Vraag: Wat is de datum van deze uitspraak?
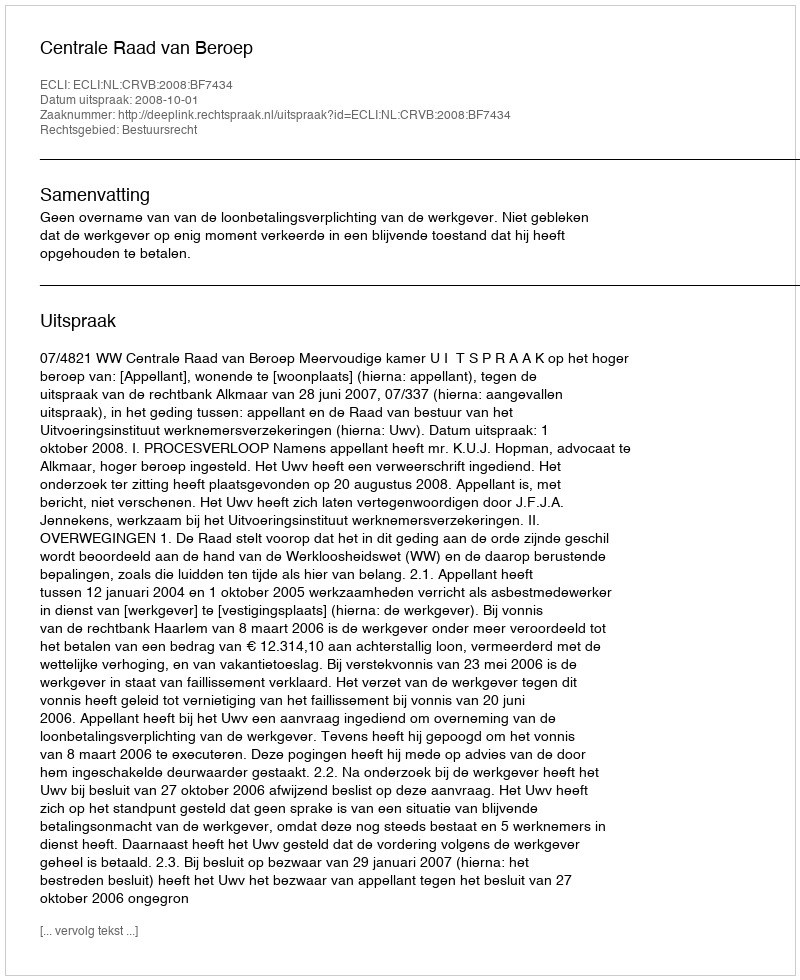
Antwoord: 2008-10-01